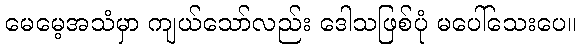
မေမေ့အသံမှာ ကျယ်သော်လည်း ဒေါသဖြစ်ပုံ မပေါ်သေးပေ။